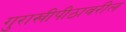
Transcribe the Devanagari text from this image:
गुराखीपीठावरील